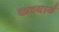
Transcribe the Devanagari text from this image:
कव्यार्थ